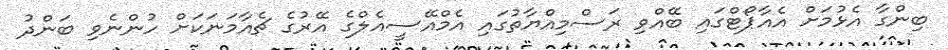
ބިންގާ އެޅުމަށް އެއާޕޯޓްގައި ބޭއްވި ރަސްމިއްޔާތުގައި އެމްއޭސީއެލްގެ އޭރުގެ ޗެއާމަނަކަށް ހުންނެވި ބަންދު